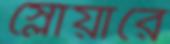
স্লোয়ারে